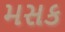
મસક